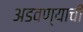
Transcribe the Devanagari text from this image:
अडवण्याची